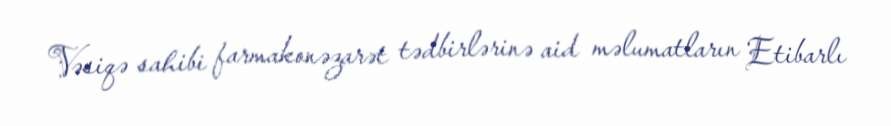
Vəsiqə sahibi farmakonəzarət tədbirlərinə aid məlumatların Etibarlı